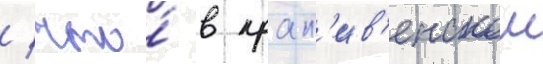
/ что́ в крап'ив'енском